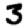
Digit: 3